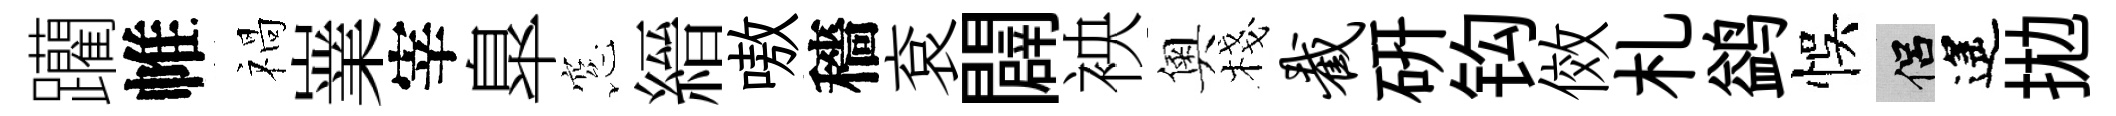
躪帷禍嶪宰臯窓縉嗷穡袞闢䘧奧棧截硏钩傚札鹢悞侣遙拋